Lunatic asylums United Provinces 1899-1908 - 1899-1908
Year: 1899
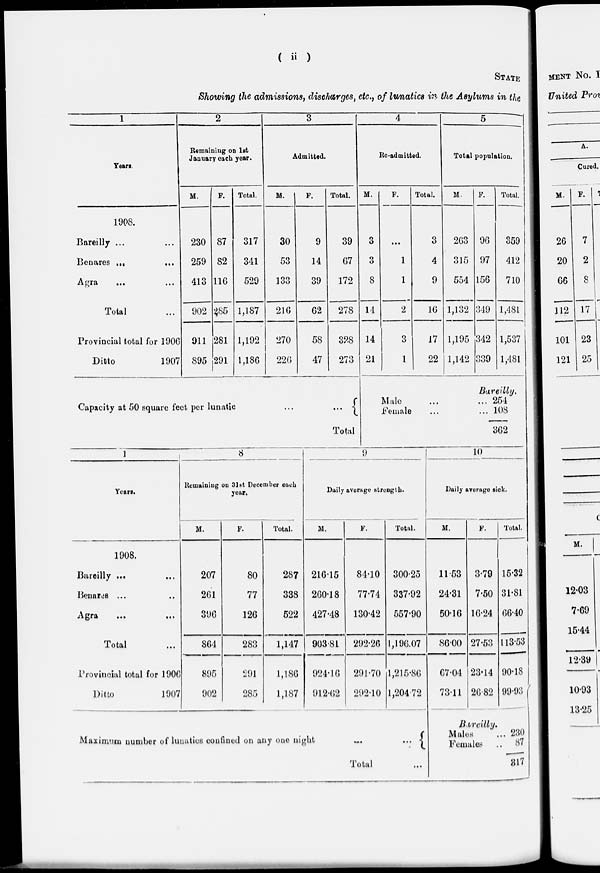
( ii )
STATE
Showing the admissions, discharges, etc., of lunatics in the Asylums in the
1
Years.
1908.
Bareilly ... ...
Benares
...
...
Agra ... ...
Total ...
Provincial total for 1906
Ditto
1907
2
Remaining on 1st
January each year.
M.
230
259
413
902
911
895
F.
87
82
116
285
281
291
Total.
317
341
529
1,187
1,192
1,186
3
Admitted.
M.
30
53
133
216
270
226
F.
9
14
39
62
58
47
Total.
39
67
172
278
328
273
Capacity at 50 square feet per lunatic ... ...
Total
4
Re-admitted.
M.
3
3
8
14
14
21
F.
...
1
1
2
3
1
Total.
3
4
9
16
17
22
5
Total population.
M.
263
315
554
1,132
1,195
1,142
F.
96
97
156
349
342
339
Total.
359
412
710
1,481
1,537
1,481
Bareilly.
Male ... ...
Female ... ...
254
108
362
1
Years.
1908.
Bareilly ... ...
Benares ... ...
Agra ... ...
Total ...
Provincial total for 1906
Ditto
1907
8
Remaining on 31st December each
year.
M.
207
261
396
864
895
902
F.
80
77
126
283
291
285
Total.
287
338
522
1,147
1,186
1,187
9
Daily average strength.
M.
216.15
260.18
427.48
903.81
924.16
912.62
F.
84.10
77.74
130.42
292.26
291.70
292.10
Total.
300.25
337.92
557.90
1,196.07
1,215.86
1,204.72
Maximum number of lunatics confined on any one night
...
...
Total ...
10
Daily average sick.
M.
11.53
24.31
50.16
86.00
67.04
73.11
F.
3.79
7.50
16.24
27.53
23.14
26.82
Total.
15.32
31.81
66.40
113.53
90.18
99.93
Bareilly.
Males ...
Females ...
230
87
317